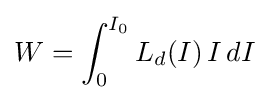
W=\int _{0}^{I_{0}}L_{d}(I)\,I\,dI